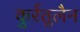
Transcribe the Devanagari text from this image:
कुर्रतुलैन